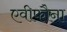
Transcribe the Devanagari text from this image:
एवीफौना